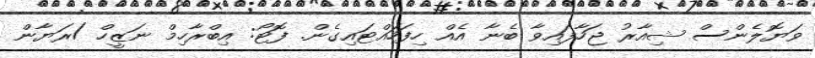
ވަޔޮލެންސް ޝިއާރު ޖަހާފައިވާ ބެނާ އެއް ހިފަހައްޓައިގެން. ފޮޓޯ: އިބްރާހިމް ނަޒީހް /ރަޔާން